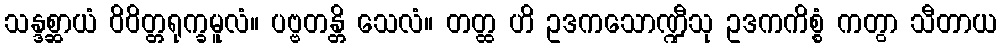
သန္ဒစ္ဆာယံ ဝိဝိတ္တရုက္ခမူလံ။ ပဗ္ဗတန္တိ သေလံ။ တတ္ထ ဟိ ဥဒကသောဏ္ဍီသု ဥဒကကိစ္စံ ကတွာ သီတာယ